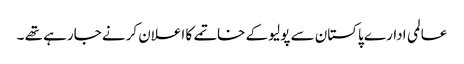
عالمی ادارے پاکستان سے پولیو کے خاتمے کا اعلان کرنے جارہے تھے ۔